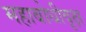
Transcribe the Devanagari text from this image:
महाबोधीवृक्ष